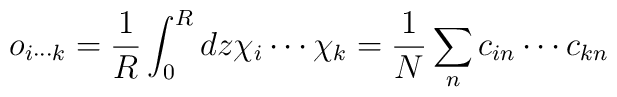
o_{i \cdots k} = \frac{1}{R} \int_0^R d z \chi_i \cdots \chi_k =\frac{1}{N} \sum_n c_{i n} \cdots c_{k n}